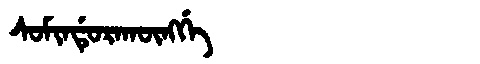
Manchu: ᠰᠣᠮᡳᠨᡩᡠᡵᠠᡴᡡᠩᡤᡝ
Romanization: SOMINDURAKŪNGGE